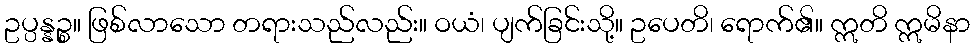
ဥပ္ပန္နဉ္စ။ ဖြစ်လာသော တရားသည်လည်း။ ဝယံ၊ ပျက်ခြင်းသို့။ ဥပေတိ၊ ရောက်၏။ ဣတိ ဣမိနာ